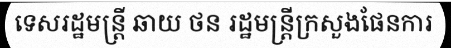
ទេសរដ្ឋមន្ត្រី ឆាយ ថន រដ្ឋមន្ត្រីក្រសួងផែនការ